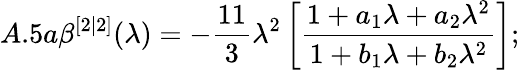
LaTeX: A.5a\beta^{[2|2]}(\lambda)=-\frac{11}{3}\lambda^{2}\left[\frac{1+a_{1}\lambda+a_{2}\lambda^{2}}{1+b_{1}\lambda+b_{2}\lambda^{2}}\right];